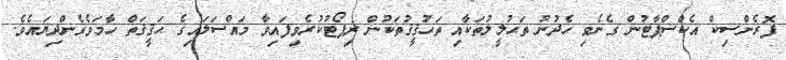
ފޮރެންސިކް އެކްސްޕާޓުން ގެނެވި ހެދުނު ތަޙުލީލުތަކާއި ތަޙުޤީޤުތަކުން ރިޕޯޓުކުރެވިފައިވާ މައްސަލައިގެ ޙަޤީޤަތް ހާމަވެގެންދިޔައެވެ.